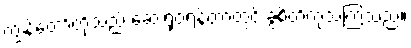
ကျွန်တော်တို့သည် ဆေးရုံဝရန်တာတွင် ခွဲစိတ်ကုသကြသည်။